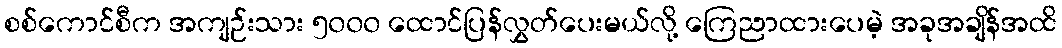
စစ်ကောင်စီက အကျဉ်းသား ၅၀၀၀ ထောင်ပြန်လွှတ်ပေးမယ်လို့ ကြေညာထားပေမဲ့ အခုအချိန်အထိ